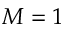
M = 1